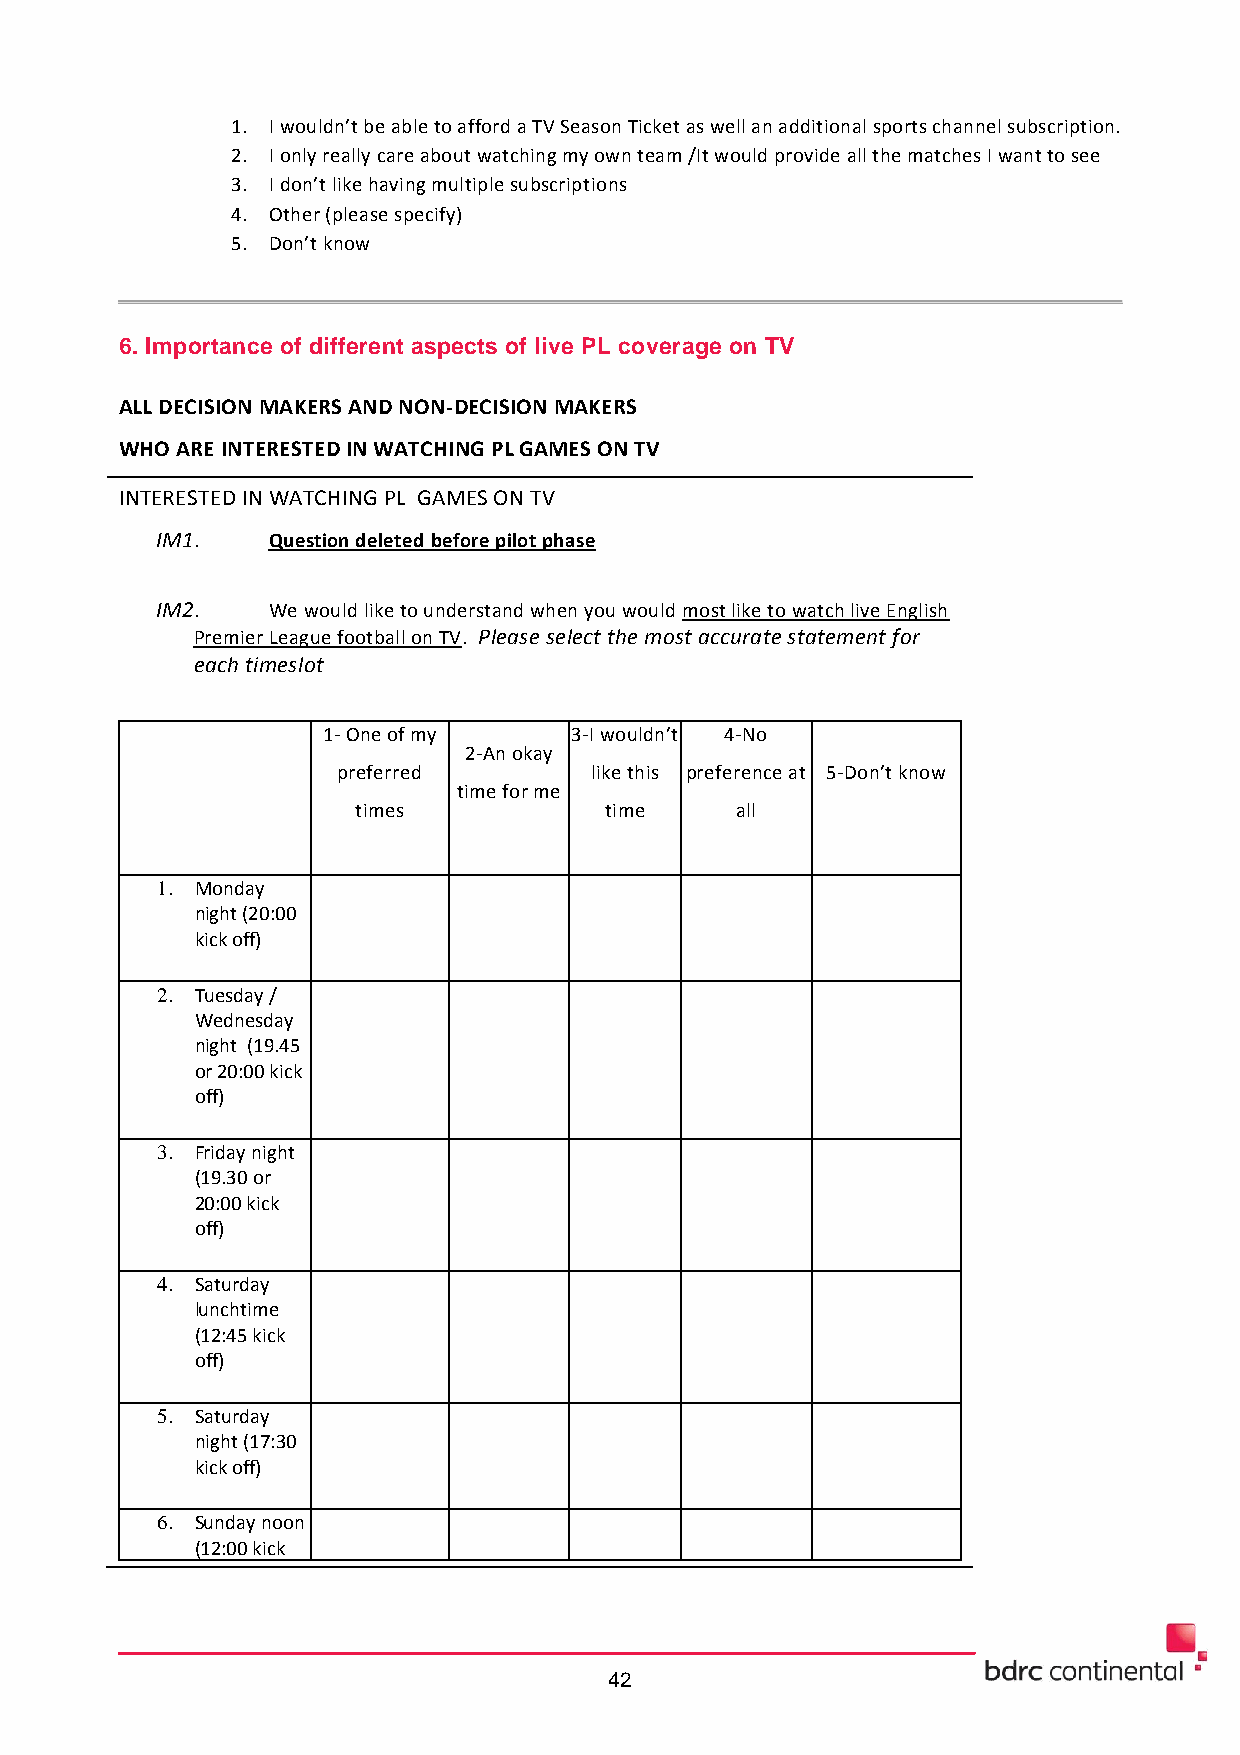
1. I wouldn’t be able to afford a TV Season Ticket as well an additional sports channel subscription.
 2. I only really care about watching my own team /It would provide all the matches I want to see
 3. I don’t like having multiple subscriptions
 4. Other (please specify)
 5. Don’t know
 6. Importance of different aspects of live PL coverage on TV
 ALL DECISION MAKERS AND NON-DECISION MAKERS
 WHO ARE INTERESTED IN WATCHING PL GAMES ON TV
 INTERESTED IN WATCHING PL GAMES ON TV
 IM1.    Question deleted before pilot phase
 IM2.    We would like to understand when you would most like to watch live English
 Premier League football on TV. Please select the most accurate statement for
 each timeslot
 1- One of my     3-I wouldn’t 4-No
 2-An okay
 preferred        like this preference at 5-Don’t know
 time for me
 times           time     all
 1. Monday
 night (20:00
 kick off)
 2. Tuesday /
 Wednesday
 night (19.45
 or 20:00 kick
 off)
 3. Friday night
 (19.30 or
 20:00 kick
 off)
 4. Saturday
 lunchtime
 (12:45 kick
 off)
 5. Saturday
 night (17:30
 kick off)
 6. Sunday noon
 (12:00 kick
 42